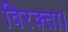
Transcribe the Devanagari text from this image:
विरक्ता।